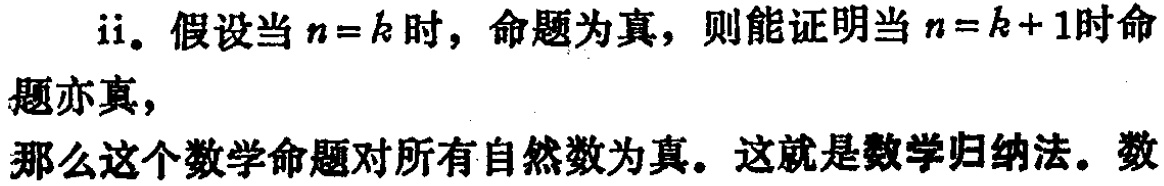
ii. 假设当 \(n = k\) 时，命题为真，则能证明当 \(n=k + 1\)时命题亦真，

那么这个数学命题对所有自然数为真。这就是数学归纳法。数